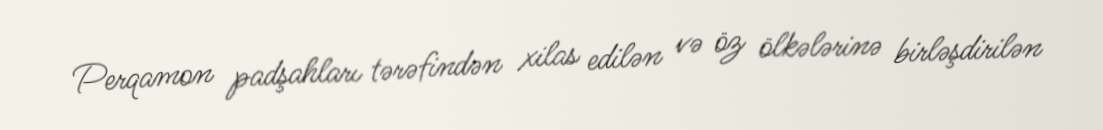
Perqamon padşahları tərəfindən xilas edilən və öz ölkələrinə birləşdirilən